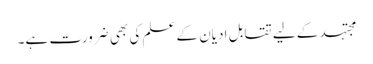
مجتہد کے لیے تقابل ادیان کے علم کی بھی ضرورت ہے۔